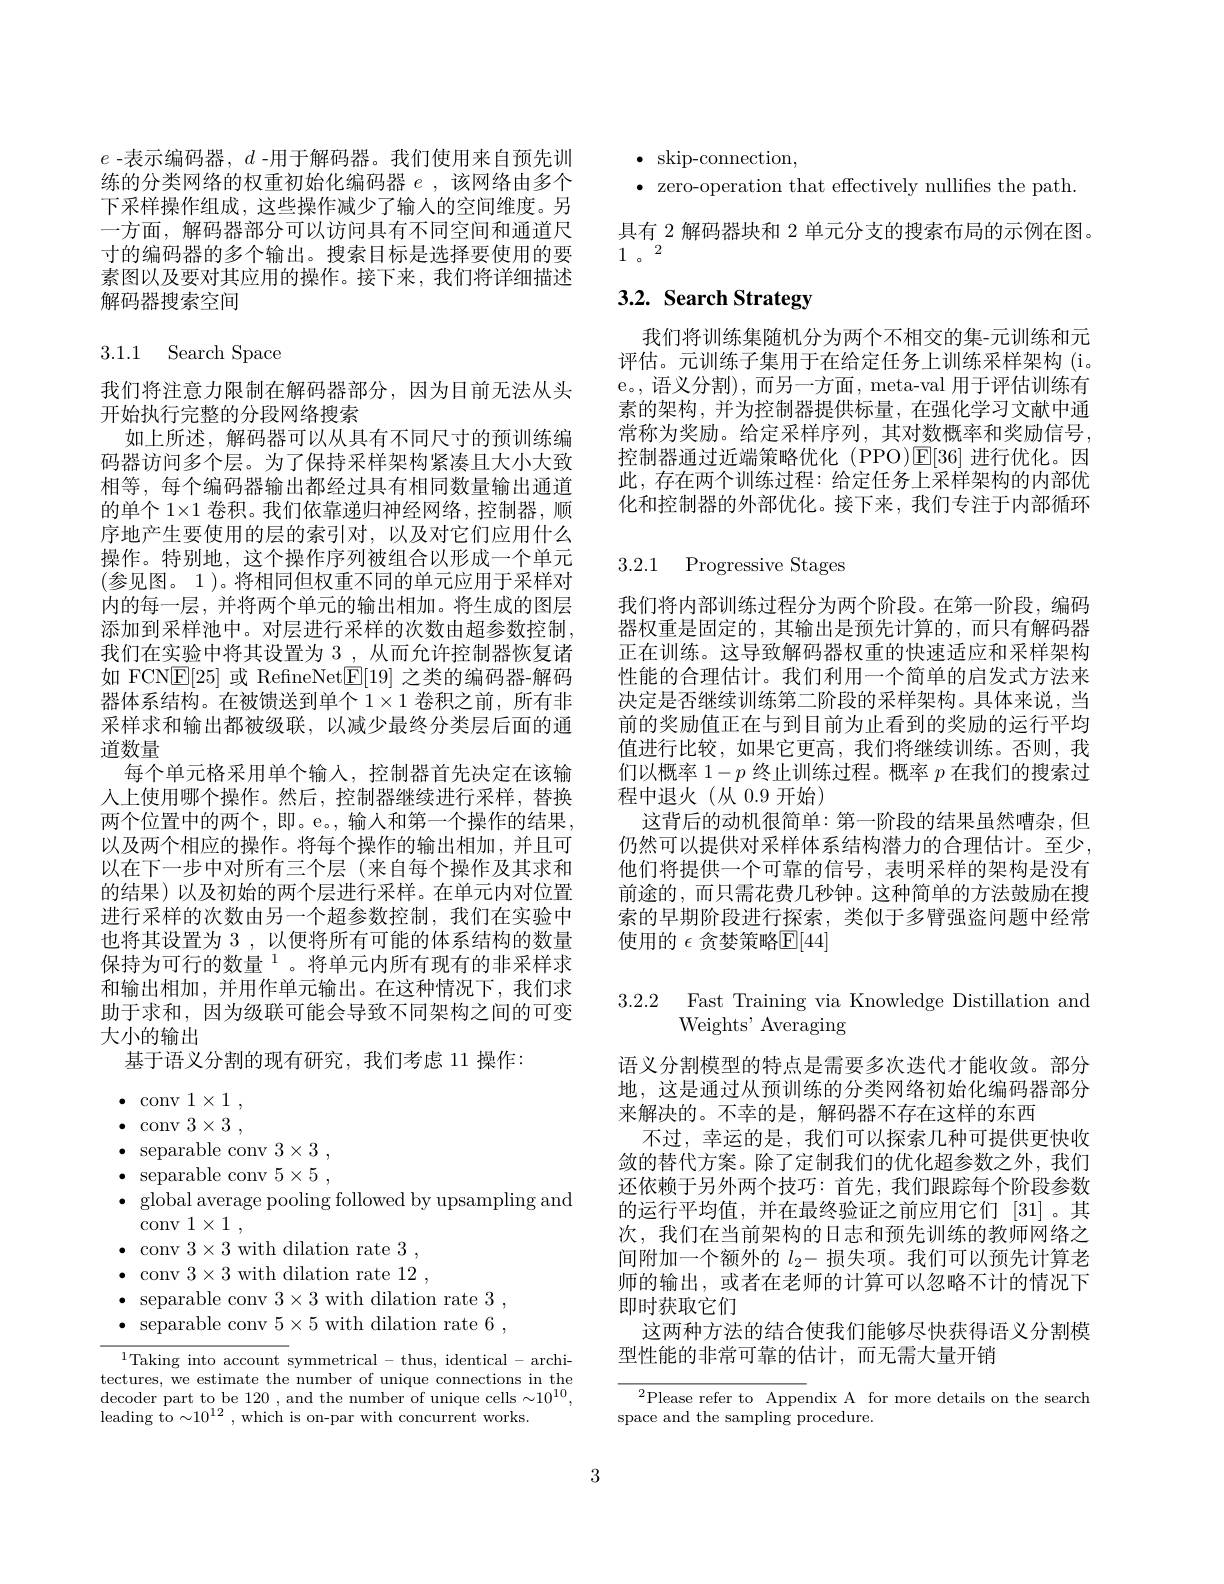
$e$ -表示编码器，$d$ -用于解码器。我们使用来自预先训练的分类网络的权重初始化编码器$e$ ,该网络由多个下采样操作组成，这些操作减少了输入的空间维度。另一方面，解码器部分可以访问具有不同空间和通道尺寸的编码器的多个输出。搜索目标是选择要使用的要素图以及要对其应用的操作。接下来，我们将详细描述解码器搜索空间

3.1.1 Search Space

我们将注意力限制在解码器部分，因为目前无法从头
开始执行完整的分段网络搜索
如上所述，解码器可以从具有不同尺寸的预训练编码器访问多个层。为了保持采样架构紧凑且大小大致相等，每个编码器输出都经过具有相同数量输出通道的单个 1×1 卷积。我们依靠递归神经网络，控制器，顺序地产生要使用的层的索引对，以及对它们应用什么操作。特别地，这个操作序列被组合以形成一个单元(参见图。1)。将相同但权重不同的单元应用于采样对内的每一层，并将两个单元的输出相加。将生成的图层添加到采样池中。对层进行采样的次数由超参数控制， 我们在实验中将其设置为 3 , 从而允许控制器恢复诸如 FCN$\boxed{\mathrm{E}}[25]$或 RefneNet$\boxed{\mathrm{F}}[19]$之类的编码器-解码器体系结构。在被馈送到单个$1\times1$卷积之前，所有非采样求和输出都被级联，以减少最终分类层后面的通道数量
每个单元格采用单个输入，控制器首先决定在该输人上使用哪个操作。然后，控制器继续进行采样，替换两个位置中的两个，即。e。, 输入和第一个操作的结果， 以及两个相应的操作。将每个操作的输出相加，并且可以在下一步中对所有三个层(来自每个操作及其求和的结果)以及初始的两个层进行采样。在单元内对位置进行采样的次数由另一个超参数控制，我们在实验中也将其设置为 3 , 以便将所有可能的体系结构的数量保持为可行的数量$^{1}$。将单元内所有现有的非采样求和输出相加，并用作单元输出。在这种情况下，我们求助于求和，因为级联可能会导致不同架构之间的可变大小的输出
基于语义分割的现有研究，我们考虑 11 操作：

$\bullet$ skip-connection,
$\bullet$ zero-operation that effectively nullifies the path. 具有 2 解码器块和 2 单元分支的搜索布局的示例在图， 1。2

# 3.2. Search Strategy

我们将训练集随机分为两个不相交的集-元训练和元评估。元训练子集用于在给定任务上训练采样架构 (i。e。, 语义分割), 而另一方面，meta-val 用于评估训练有素的架构，并为控制器提供标量，在强化学习文献中通常称为奖励。给定采样序列，其对数概率和奖励信号， 控制器通过近端策略优化(PPO)$\mathbb{E}[36]$进行优化。因此，存在两个训练过程：给定任务上采样架构的内部优化和控制器的外部优化。接下来，我们专注于内部循环

# 3.2.1 Progressive Stages

我们将内部训练过程分为两个阶段。在第一阶段，编码器权重是固定的，其输出是预先计算的，而只有解码器正在训练。这导致解码器权重的快速适应和采样架构性能的合理估计。我们利用一个简单的启发式方法来决定是否继续训练第二阶段的采样架构。具体来说，当前的奖励值正在与到目前为止看到的奖励的运行平均值进行比较，如果它更高，我们将继续训练。否则，我们以概率$1-p$终止训练过程。概率$p$在我们的搜索过程中退火(从 0.9 开始)
这背后的动机很简单：第一阶段的结果虽然嘈杂，但仍然可以提供对采样体系结构潜力的合理估计。至少， 他们将提供一个可靠的信号，表明采样的架构是没有前途的，而只需花费几秒钟。这种简单的方法鼓励在搜索的早期阶段进行探索，类似于多臂强盗问题中经常使用的 $\epsilon$ 贪婪策略$\mathbb{E}[44]$

3.2.2 Fast Training via Knowledge Distillation and
Weights' Averaging

语义分割模型的特点是需要多次迭代才能收敛。部分地，这是通过从预训练的分类网络初始化编码器部分来解决的。不幸的是，解码器不存在这样的东西
不过，幸运的是，我们可以探索几种可提供更快收敛的替代方案。除了定制我们的优化超参数之外，我们还依赖于另外两个技巧：首先，我们跟踪每个阶段参数的运行平均值，并在最终验证之前应用它们 [31]。其次，我们在当前架构的日志和预先训练的教师网络之间附加一个额外的$l_2-$损失项。我们可以预先计算老师的输出，或者在老师的计算可以忽略不计的情况下即时获取它们
这两种方法的结合使我们能够尽快获得语义分割模
型性能的非常可靠的估计，而无需大量开销

${{}^{2}\text{Please refer to Appendix A for more details on the search}}$
space and the sampling procedure.

$\bullet$ conv $1\times1$, $\bullet$ conv $3\times3$, $\bullet$ separable conv $3\times3$, $\bullet$ separable conv $5\times5$, $\bullet$ global average pooling followed by upsampling and
$\bar {\text{conv }1}\times 1$ ,
$\bullet$ conv $3\times3$ with dilation rate 3, $\bullet$ conv $3\times3$ with dilation rate 12, $\bullet$ separable conv $3\times3$ with dilation rate 3, $\bullet$ separable conv $5\times5$ with dilation rate 6 ,

$^{1}$Taking into account symmetrical - thus, identical - architectures, we estimate the number of unique connections in the decoder part to be 120 , and the number of unique cells $\sim10^10$, leading to $\sim10^{12}$ , which is on-par with concurrent works.

3